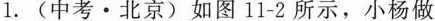
1.(中考·北京)如图11-2所示，小杨做